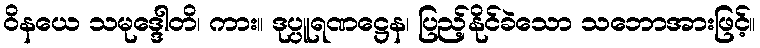
ဝိနယေ သမုဒ္ဒေါတိ၊ ကား။ ဒုပ္ပူရဏဋ္ဌေန၊ ပြည့်နိုင်ခဲသော သဘောအားဖြင့်။